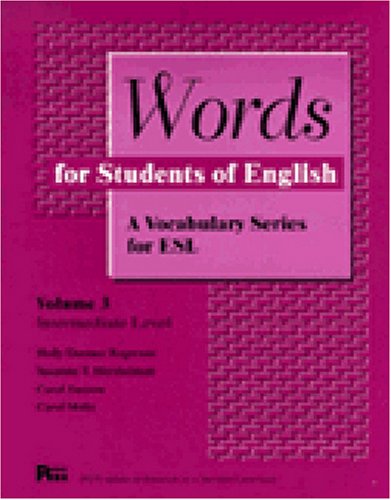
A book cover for Words for Students of English : A Vocabulary Series for ESL, Vol. 3 (Pitt Series in English As a Second Language); Holly Deemer Rogerson; Engineering & Transportation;